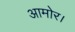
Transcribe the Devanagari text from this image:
आमोर।